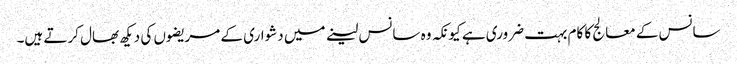
سانس کے معالج کا کام بہت ضروری ہے کیونکہ وہ سانس لینے میں دشواری کے مریضوں کی دیکھ بھال کرتے ہیں۔